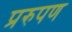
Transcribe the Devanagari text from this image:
प्ररुपण